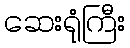
ဆေးရုံကြီး